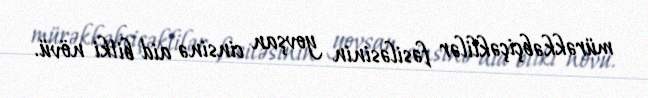
mürəkkəbçiçəklilər fəsiləsinin yovşan cinsinə aid bitki növü.